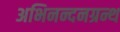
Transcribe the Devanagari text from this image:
अभिनन्दनग्रन्थ